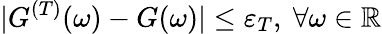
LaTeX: |{G}^{(T)}(\omega)-{G}(\omega)|\leq\varepsilon_{T},~\forall\omega\in\mathbb{R}